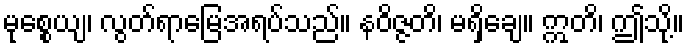
မုစ္စေယျ၊ လွတ်ရာမြေအရပ်သည်။ နဝိဇ္ဇတိ၊ မရှိချေ။ ဣတိ၊ ဤသို့။